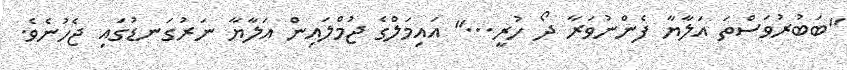
"ބަބުރުވަސްތަ އަލާޔާ ފެންނުވަރާ ދޯ ހުރީ..." އައިމަލްގެ ޖުމްލައިން އަލާޔާ ނަރުގަނޑުގައި ޖެހުނެވެ.